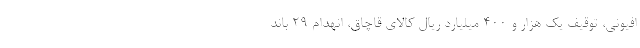
افیونی، توقیف یک هزار و ۴۰۰ میلیارد ریال کالای قاچاق، انهدام ۲۹ باند